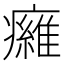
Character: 𤻕